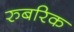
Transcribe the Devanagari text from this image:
रुबरिक